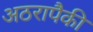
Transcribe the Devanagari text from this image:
अठरापैकी